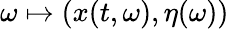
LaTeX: \omega\mapsto(x(t,\omega),\eta(\omega))